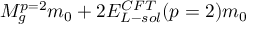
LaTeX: { { M _ { g } ^ { p = 2 } } \o { m _ { 0 } } } + 2 { { E _ { L - s o l } ^ { C F T } ( p = 2 ) } \o { m _ { 0 } } }